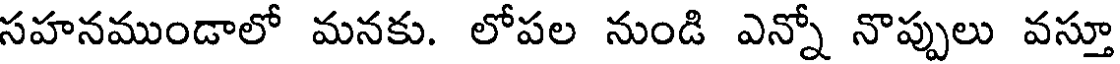
సహనముండాలో మనకు. లోపల నుండి ఎన్నో నొప్పులు వస్తూ